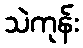
သဲကုန်း